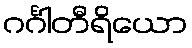
ဂင်္ဂါတီရိယော